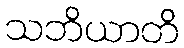
သဘိယာတိ